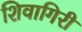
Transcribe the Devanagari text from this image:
शिवागिरी